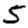
Digit: 5